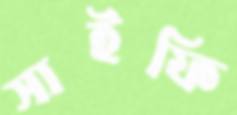
সাইফি